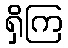
ရှိကြ